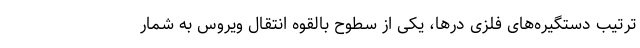
ترتیب دستگیره‌های فلزی درها، یکی از سطوح بالقوه انتقال ویروس به شمار